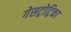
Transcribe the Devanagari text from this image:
गेसट्रोट्रिका